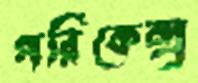
পরিকেন্দ্র্র